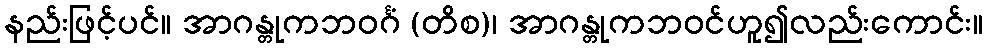
နည်းဖြင့်ပင်။ အာဂန္တုကဘဝင်္ဂံ (တိစ)၊ အာဂန္တုကဘဝင်ဟူ၍လည်းကောင်း။